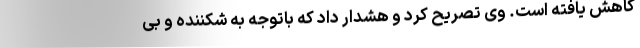
کاهش یافته است. وی تصریح کرد و هشدار داد که باتوجه به شکننده و بی